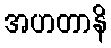
အဟတာနိ